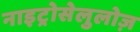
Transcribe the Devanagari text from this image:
नाइट्रोसेलुलोज़